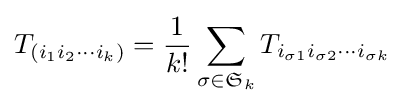
T_{(i_{1}i_{2}\cdots i_{k})}={\frac {1}{k!}}\sum _{\sigma \in {\mathfrak {S}}_{k}}T_{i_{\sigma 1}i_{\sigma 2}\cdots i_{\sigma k}}